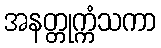
အနတ္တုက္ကံသကာ